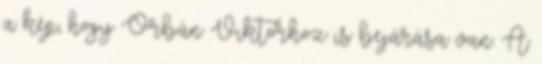
a kép, hogy Orbán Viktorhoz is bejárása van. A